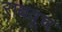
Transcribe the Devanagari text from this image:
राबवूच